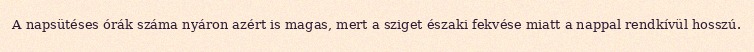
A napsütéses órák száma nyáron azért is magas, mert a sziget északi fekvése miatt a nappal rendkívül hosszú.